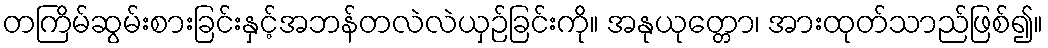
တကြိမ်ဆွမ်းစားခြင်းနှင့်အဘန်တလဲလဲယှဉ်ခြင်းကို။ အနုယုတ္တော၊ အားထုတ်သာည်ဖြစ်၍။